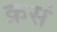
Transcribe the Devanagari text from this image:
क्रसं